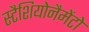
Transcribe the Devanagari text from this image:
स्टैशियोनैमेंटो